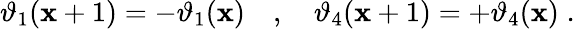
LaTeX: \vartheta_{1}(\mathbf{x}+1)=-\vartheta_{1}(\mathbf{x})\quad,\quad\vartheta_{4}(\mathbf{x}+1)=+\vartheta_{4}(\mathbf{x})\; .